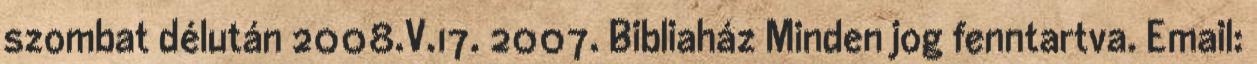
szombat délután 2008.V.17. 2007. Bibliaház Minden jog fenntartva. Email: